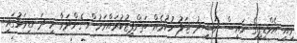
މިއީ އެމްޑީޕީގެ ރައީސް ނަޝީދު ޖަލު ހުކުމެއް ތަންފީޒުކުރައްވަމުން ގެންދަވާ މި ދަނޑިވަޅުގައި